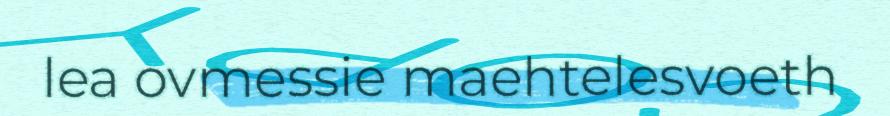
lea ovmessie maehtelesvoeth